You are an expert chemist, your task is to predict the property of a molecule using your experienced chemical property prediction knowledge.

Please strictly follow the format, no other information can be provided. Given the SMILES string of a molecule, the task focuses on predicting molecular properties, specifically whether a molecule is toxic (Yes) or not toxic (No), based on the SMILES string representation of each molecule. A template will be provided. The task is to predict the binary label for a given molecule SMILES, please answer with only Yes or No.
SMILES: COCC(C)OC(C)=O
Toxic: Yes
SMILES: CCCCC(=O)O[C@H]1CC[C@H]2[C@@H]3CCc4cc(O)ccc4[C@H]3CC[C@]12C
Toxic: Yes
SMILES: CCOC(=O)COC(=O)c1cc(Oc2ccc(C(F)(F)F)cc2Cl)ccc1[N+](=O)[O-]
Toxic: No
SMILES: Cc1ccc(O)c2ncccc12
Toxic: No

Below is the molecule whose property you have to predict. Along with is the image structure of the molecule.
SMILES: CN1C(C(=O)Nc2ccccn2)=C(O)c2ccccc2S1(=O)=O
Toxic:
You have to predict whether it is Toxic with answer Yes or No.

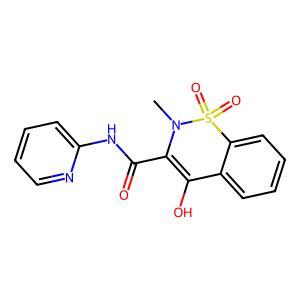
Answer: No